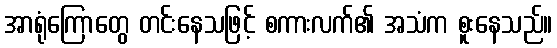
အာရုံကြောတွေ တင်းနေသဖြင့် စကားလက်၏ အသံက စူးနေသည်။